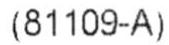
(81109-A)